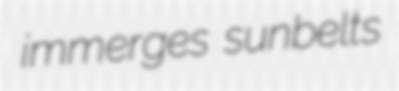
immerges sunbelts